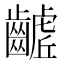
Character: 𮯓